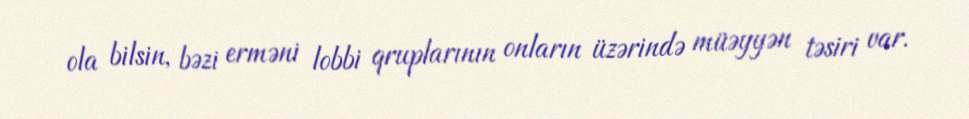
ola bilsin, bəzi erməni lobbi qruplarının onların üzərində müəyyən təsiri var.